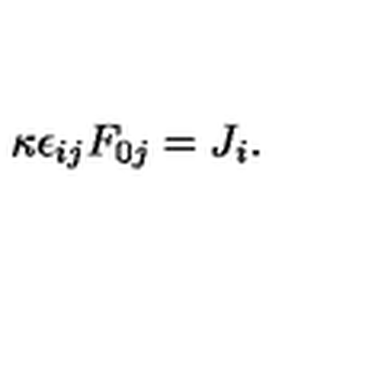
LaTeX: \kappa \epsilon _ { i j } F _ { 0 j } = J _ { i } .